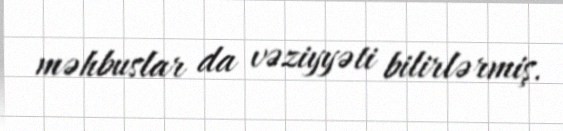
məhbuslar da vəziyyəti bilirlərmiş.